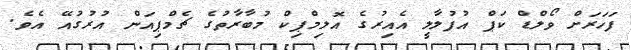
ފަހަރަށް ވޯލްޑް ކަޕް އުފުލާލީ އެއިރުގެ އޮލިމްޕިކް މުބާރާތުގެ ޗެމްޕިއަން އުރުގުއޭ އެވެ.